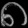
Digit: ၈